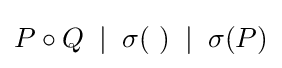
P\circ Q\;\mid \;\sigma (~)\;\mid \;\sigma (P)